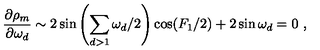
\frac { \partial \rho _ { m } } { \partial \omega _ { d } } \sim 2 \sin \left( \sum _ { d > 1 } \omega _ { d } / 2 \right) \cos ( F _ { 1 } / 2 ) + 2 \sin \omega _ { d } = 0 \ ,